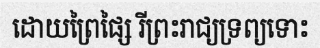
ដោយព្រៃផ្សៃ រីព្រះរាជ្យទ្រព្យទោះ